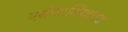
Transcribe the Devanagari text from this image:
एसीटाल्डिहाइड